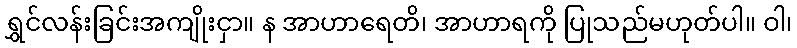
ရွှင်လန်းခြင်းအကျိုးငှာ။ န အာဟာရေတိ၊ အာဟာရကို ပြုသည်မဟုတ်ပါ။ ဝါ၊